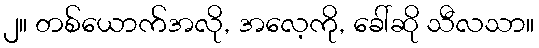
၂။ တစ်ယောက်အလို, အလေ့ကို, ခေါ်ဆို သီလသာ။